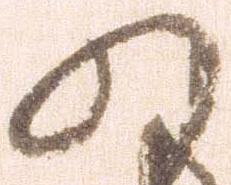
の